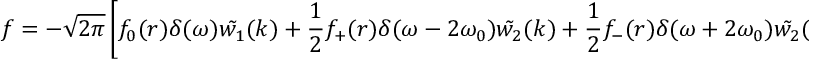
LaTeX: f = - \sqrt { 2 \pi } \left[ f _ { 0 } ( r ) \delta ( \omega ) \tilde { w _ { 1 } } ( k ) + \frac { 1 } { 2 } f _ { + } ( r ) \delta ( \omega - 2 \omega _ { 0 } ) \tilde { w _ { 2 } } ( k ) + \frac { 1 } { 2 } f _ { - } ( r ) \delta ( \omega + 2 \omega _ { 0 } ) \tilde { w _ { 2 } } ( k ) \right] .